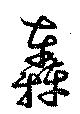
轟